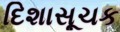
દિશાસૂચક